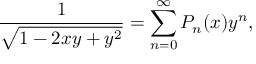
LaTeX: { \frac { 1 } { \sqrt { 1 - 2 x y + y ^ { 2 } } } } = \sum _ { n = 0 } ^ { \infty } P _ { n } ( x ) y ^ { n } ,